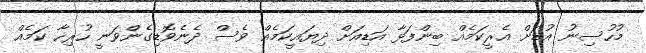
މުހުސިނު އުޑަށް އެރީކަމެއް ބިންފަޅާ އަޑިއަށް ދިޔައީކަމެއް ވެސް ދެނެވޮޑިގެންވަނީ ހުރިހާ ކަމެއް